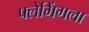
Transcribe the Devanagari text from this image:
फ्लेमिंगला